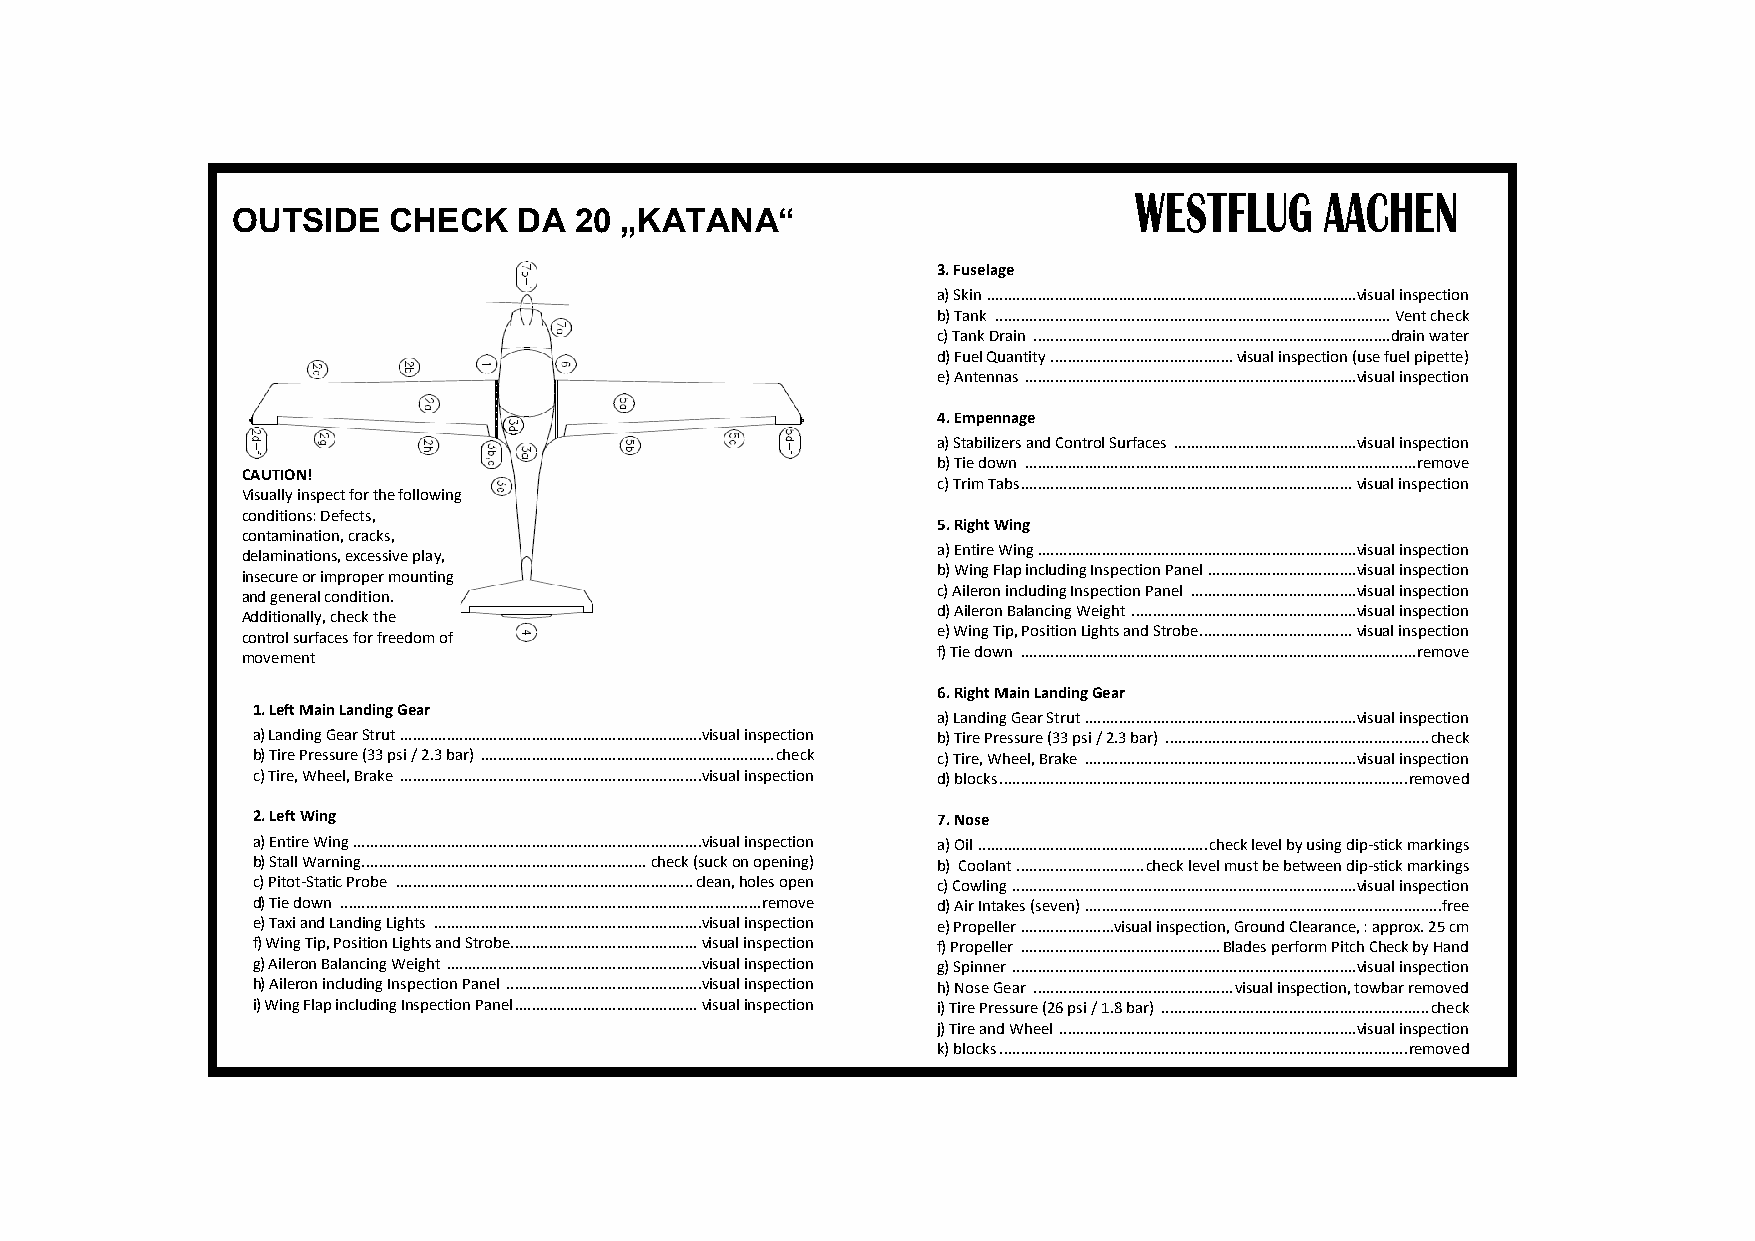
WESTFLUG     AACHEN
 OUTSIDE    CHECK   DA  20 „KATANA“
 3. Fuselage
 a) Skin ....................................................................................... visual inspection
 b) Tank ............................................................................................. Vent check
 c) Tank Drain ....................................................................................drain water
 d) Fuel Quantity ........................................... visual inspection (use fuel pipette)
 e) Antennas .............................................................................. visual inspection
 4. Empennage
 a) Stabilizers and Control Surfaces ........................................... visual inspection
 b) Tie down ............................................................................................ remove
 CAUTION!
 c) Trim Tabs .............................................................................. visual inspection
 Visually inspect for the following
 conditions: Defects,
 5. Right Wing
 contamination, cracks,
 a) Entire Wing ........................................................................... visual inspection
 delaminations, excessive play,
 insecure or improper mounting                 b) Wing Flap including Inspection Panel ................................... visual inspection
 and general condition.                        c) Aileron including Inspection Panel ....................................... visual inspection
 d) Aileron Balancing Weight ..................................................... visual inspection
 Additionally, check the
 control surfaces for freedom of               e) Wing Tip, Position Lights and Strobe .................................... visual inspection
 movement                                      f) Tie down ............................................................................................. remove
 6. Right Main Landing Gear
 1. Left Main Landing Gear
 a) Landing Gear Strut ................................................................ visual inspection
 a) Landing Gear Strut ....................................................................... visual inspection b) Tire Pressure (33 psi / 2.3 bar) .............................................................. check
 b) Tire Pressure (33 psi / 2.3 bar) ..................................................................... check c) Tire, Wheel, Brake ................................................................ visual inspection
 c) Tire, Wheel, Brake ....................................................................... visual inspection d) blocks ................................................................................................ removed
 2. Left Wing                                 7. Nose
 a) Entire Wing .................................................................................. visual inspection a) Oil ...................................................... check level by using dip-stick markings
 b) Stall Warning ................................................................... check (suck on opening) b) Coolant .............................. check level must be between dip-stick markings
 c) Pitot-Static Probe ...................................................................... clean, holes open c) Cowling ................................................................................. visual inspection
 d) Tie down ................................................................................................... remove d) Air Intakes (seven) ....................................................................................free
 e) Taxi and Landing Lights ............................................................... visual inspection e) Propeller ......................visual inspection, Ground Clearance, : approx. 25 cm
 f) Wing Tip, Position Lights and Strobe............................................ visual inspection f) Propeller ............................................... Blades perform Pitch Check by Hand
 g) Aileron Balancing Weight ............................................................ visual inspection g) Spinner ................................................................................. visual inspection
 h) Aileron including Inspection Panel .............................................. visual inspection h) Nose Gear ............................................... visual inspection, towbar removed
 i) Wing Flap including Inspection Panel ........................................... visual inspection i) Tire Pressure (26 psi / 1.8 bar) ............................................................... check
 j) Tire and Wheel ...................................................................... visual inspection
 k) blocks ................................................................................................ removed